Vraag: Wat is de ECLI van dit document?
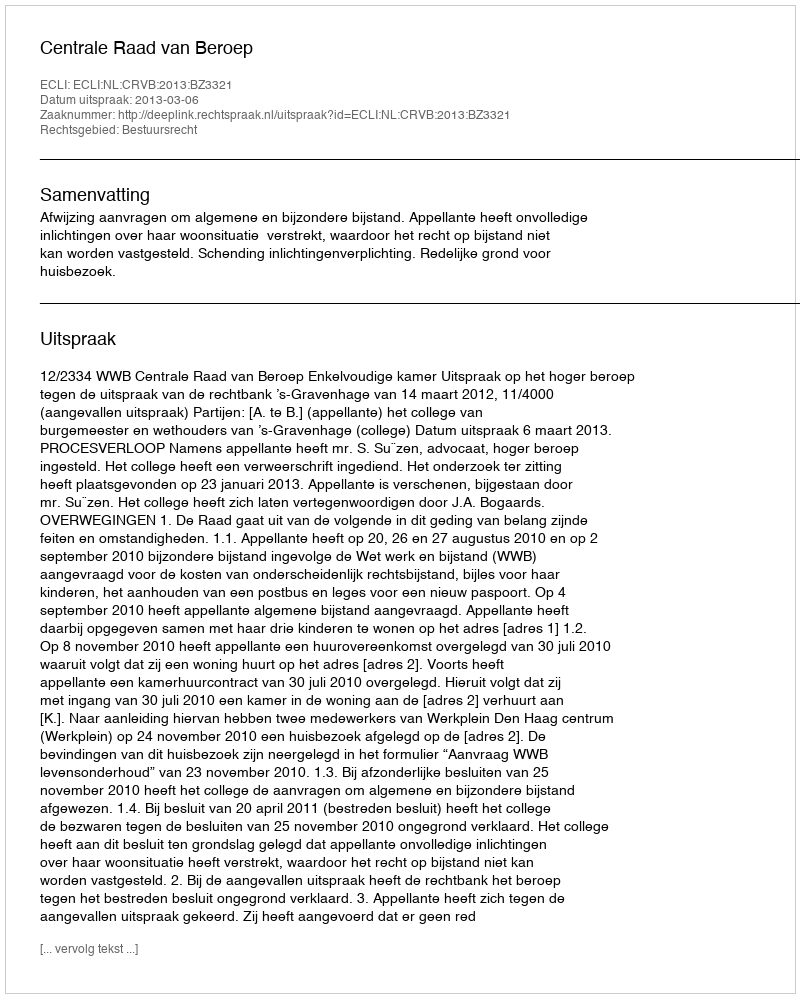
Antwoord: ECLI:NL:CRVB:2013:BZ3321